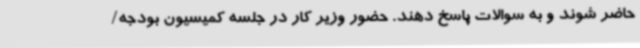
حاضر شوند و به سوالات پاسخ دهند. حضور وزیر کار در جلسه کمیسیون بودجه/